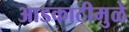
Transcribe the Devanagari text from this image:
आडकाठीमुळे